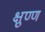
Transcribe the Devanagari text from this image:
क्षुण्ण